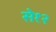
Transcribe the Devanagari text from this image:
से१२